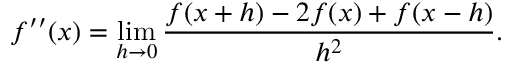
f ^ { \prime \prime } ( x ) = \operatorname* { l i m } _ { h \to 0 } { \frac { f ( x + h ) - 2 f ( x ) + f ( x - h ) } { h ^ { 2 } } } .